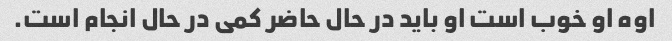
اوه او خوب است او باید در حال حاضر کمی در حال انجام است.